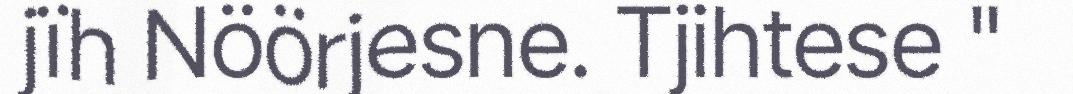
jïh Nöörjesne. Tjihtese "